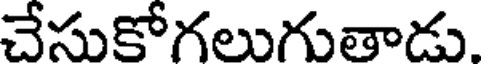
చేసుకోగలుగుతాడు.